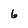
Character: 6